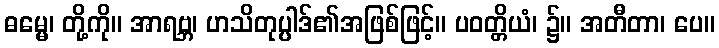
ဓမ္မေ၊ တို့ကို။ အာရဗ္ဘ၊ ဟသိတုပ္ပါဒ်၏အဖြစ်ဖြင့်။ ပဝတ္တိယံ၊ ၌။ အတီတာ၊ ပေ။